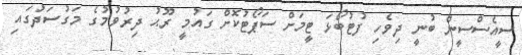
ސީއެސްސީން ބުނީ ދިވެހި ފުޓުބޯޅަ ޓީމަށް ސަޕޯޓުކޮށް ގައުމީ ރޫޙު ދިރުވުމުގެ މަގުސަދުގައި